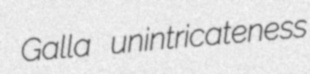
Galla unintricateness